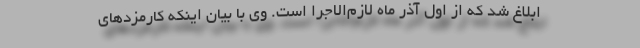
ابلاغ شد که از اول آذر ماه لازم‌الاجرا است. وی با بیان اینکه کارمزدهای